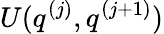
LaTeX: U(q^{(j)},q^{(j+1)})